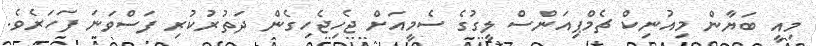
މިއީ ބަޔާން މިއުނިކް ޗެމްޕިއަންސް ލީގުގެ ސެމީއަށް ޖެހިޖެހިގެން ދަތުރުކުރި ފަސްވަނަ ފަހަރެވެ.